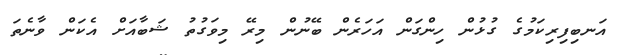
އަނބިފިރިކަމުގެ ގުޅުން ހިންގަން އަހަރެން ބޭނުން މިރޭ މިވަގުތު ޝަބާއަށް އެކަން ވާނެތަ